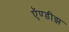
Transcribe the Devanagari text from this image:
ऍण्डीझ